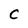
Character: C